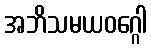
အဘိသမယဝဂ္ဂေါ